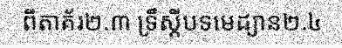
ពីតាគ័រ២.៣ ទ្រឹស្តីបទមេដ្យាន២.៤